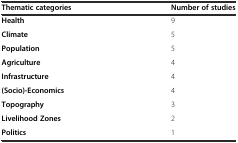
| Thematic categories | Number of studies |
 | --- | --- |
 | Health | 9 |
 | Climate | 5 |
 | Population | 5 |
 | Agriculture | 4 |
 | Infrastructure | 4 |
 | (Socio)-Economics | 4 |
 | Topography | 3 |
 | Livelihood Zones | 2 |
 | Politics | 1 |